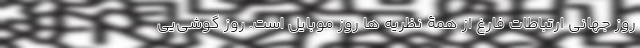
روز جهانی ارتباطات فارغ از همۀ نظریه ها روز موبایل است. روز گوشی‌یی